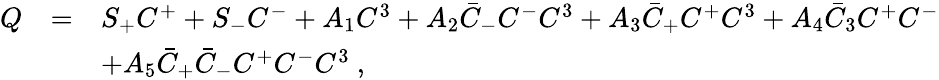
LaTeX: \begin{array}{rcl}{{Q}}&{{=}}&{{S_{+}C^{+}+S_{-}C^{-}+A_{1}C^{3}+A_{2}\bar{C}_{-}C^{-}C^{3}+A_{3}\bar{C}_{+}C^{+}C^{3}+A_{4}\bar{C}_{3}C^{+}C^{-}}}\\ {{}}&{{}}&{{+A_{5}\bar{C}_{+}\bar{C}_{-}C^{+}C^{-}C^{3}~,}}\end{array}